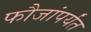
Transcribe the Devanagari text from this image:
फौजांपर्यंत